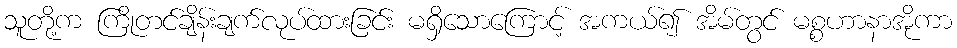
သူတို့က ကြိုတင်ချိန်းချက်လုပ်ထားခြင်း မရှိသောကြောင့် အကယ်၍ အိမ်တွင် မစ္စဟာနာအိုကာ